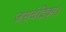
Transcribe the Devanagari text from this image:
जसचंद्रिका।